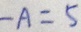
- A = 5